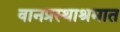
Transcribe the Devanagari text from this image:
वानप्रस्थाश्रमात